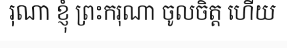
រុណា ខ្ញុំ ព្រះករុណា ចូលចិត្ត ហើយ